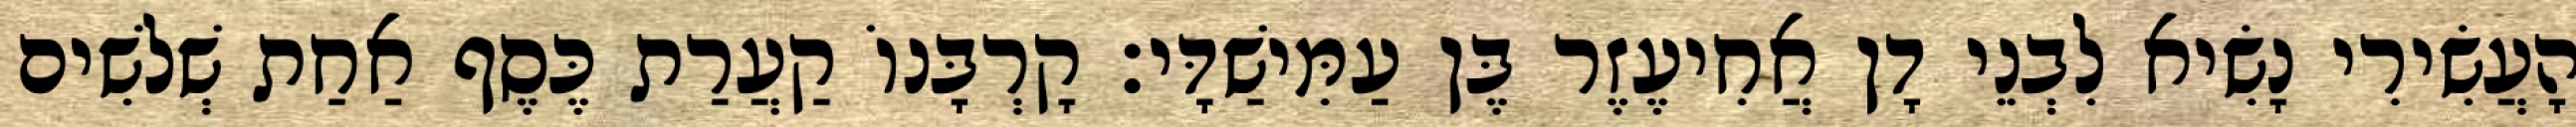
הָעֲשִׂירִי נָשִׂיא לִבְנֵי דָן אֲחִיעֶזֶר בֶּן עַמִּישַׁדָּי׃ קָרְבָּנוֹ קַעֲרַת כֶּסֶף אַחַת שְׁלשִׁים